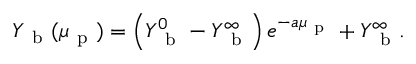
Y _ { \mathrm { ~ b ~ } } ( \mu _ { \mathrm { ~ p ~ } } ) = \left( Y _ { \mathrm { ~ b ~ } } ^ { 0 } - Y _ { \mathrm { ~ b ~ } } ^ { \infty } \right) e ^ { - a \mu _ { \mathrm { ~ p ~ } } } + Y _ { \mathrm { ~ b ~ } } ^ { \infty } .